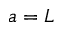
a = L